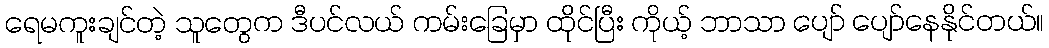
ရေမကူးချင်တဲ့ သူတွေက ဒီပင်လယ် ကမ်းခြေမှာ ထိုင်ပြီး ကိုယ့် ဘာသာ ပျော် ပျော်နေနိုင်တယ်။